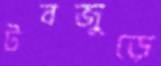
টবজুড়ে